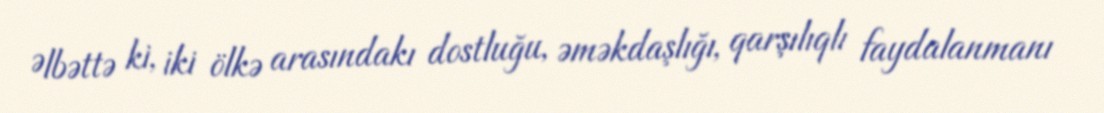
Əlbəttə ki, iki ölkə arasındakı dostluğu, əməkdaşlığı, qarşılıqlı faydalanmanı